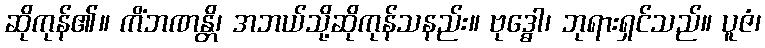
ဆိုကုန်၏။ ကိံဘဏန္တိ၊ အဘယ်သို့ဆိုကုန်သနည်း။ ဗုဒ္ဓေါ၊ ဘုရားရှင်သည်။ ပူဇံ၊